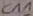
Text: C11